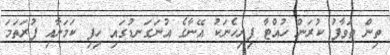
ތިން ތަވާފު ކުރަން ހުއްޓާ ފިރިހެނަކު އޭނާގެ އުނަގަނޑުގައި ހިފި ކަަމަށާއި ފުރަތަމަ